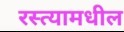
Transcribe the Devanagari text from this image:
रस्त्यामधील